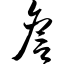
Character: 詹